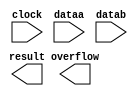
module float_mult (
	clock,
	dataa,
	datab,
	overflow,
	result)/* synthesis synthesis_clearbox = 1 */;

	input	  clock;
	input	[31:0]  dataa;
	input	[31:0]  datab;
	output	  overflow;
	output	[31:0]  result;

endmodule